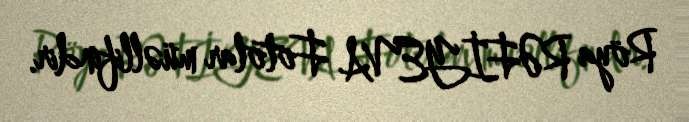
Röya RƏFİYEVA Fotolar müəllifindir.